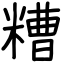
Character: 糟